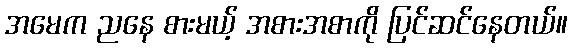
အမေက ညနေ စားမယ့် အစားအစာကို ပြင်ဆင်နေတယ်။